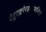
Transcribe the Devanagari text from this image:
टेट्राक्लोरइथायलिन